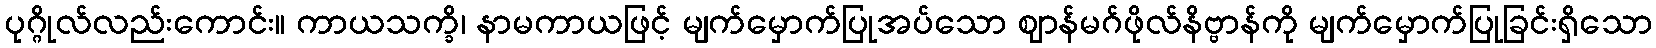
ပုဂ္ဂိုလ်လည်းကောင်း။ ကာယသက္ခိ၊ နာမကာယဖြင့် မျက်မှောက်ပြုအပ်သော ဈာန်မဂ်ဖိုလ်နိဗ္ဗာန်ကို မျက်မှောက်ပြုခြင်းရှိသော